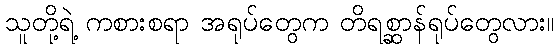
သူတို့ရဲ့ ကစားစရာ အရုပ်တွေက တိရစ္ဆာန်ရုပ်တွေလား။